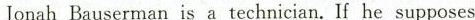
Jonah Bauserman is a technician. If he supposes